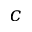
c